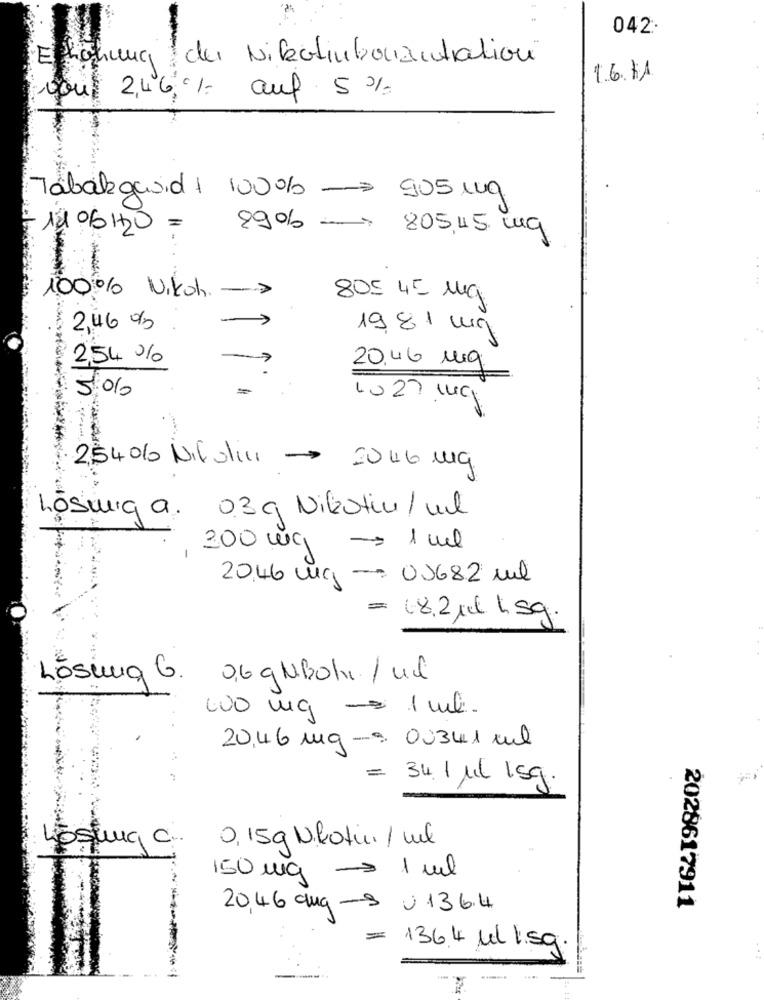
042
Elhöhung du Nikotinbonautration
16.11
vou 2,46% auf 5 %
Tabakgavid1 100% - 905 mg
11/06/20 =
8906 - 805,45 mq
100% Vikoh. - >
80€ 45 mg
-
2,46 %
19,81 mg
2,54 %
20.46 mg
5.06
· 2540% Nifolia - 2046 mg.
Lösung a. 039 Nikotin / ml
300 mg - 1 ml
20.46 mg - 03682 ml
= 18.2 xl hsg.
Lösung G.
0,6 gMBOhr / ul
10 mg - 1 ml.
20,46 mg -9 00341 mul
=
34.1 Ml Isg.
Estuna .
0,15g Nikotin / ml
150 mg = 1 ml
20,46 dmg -9 0136.4
2028617911
= 136.4 ul l.sg.